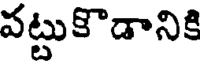
పట్టుకొడానికి